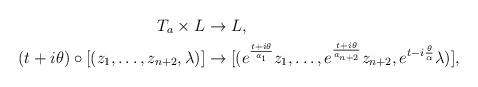
LaTeX: \begin{align*} T_a\times L&\rightarrow L, \\(t+i\theta)\circ[(z_1,\ldots,z_{n+2},\lambda)]&\rightarrow[(e^{\frac{t+i\theta}{a_1}}z_1,\ldots,e^{\frac{t+i\theta}{a_{n+2}}}z_{n+2},e^{t-i\frac{\theta}{\alpha}}\lambda)],\end{align*}